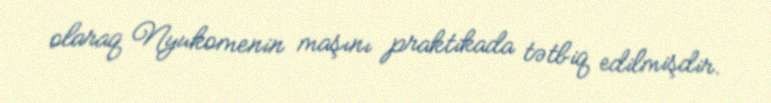
olaraq Nyukomenin maşını praktikada tətbiq edilmişdir.